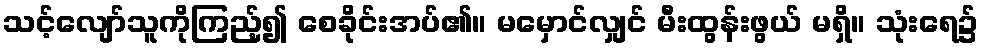
သင့်လျော်သူကိုကြည့်၍ စေခိုင်းအပ်၏။ မမှောင်လျှင် မီးထွန်းဖွယ် မရှိ။ သုံးရေ၌